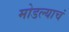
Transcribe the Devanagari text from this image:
मोडल्याचं